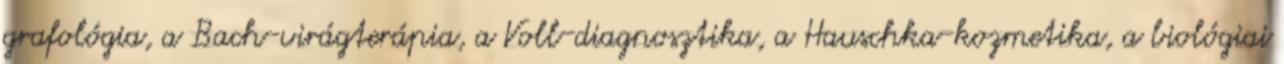
grafológia, a Bach-virágterápia, a Voll-diagnosztika, a Hauschka-kozmetika, a biológiai